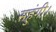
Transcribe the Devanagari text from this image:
सहुंगी।